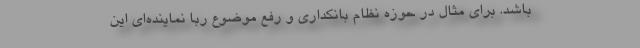
باشد. برای مثال در حوزه نظام بانکداری و رفع موضوع ربا نماینده‌ای این